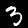
Digit: 3